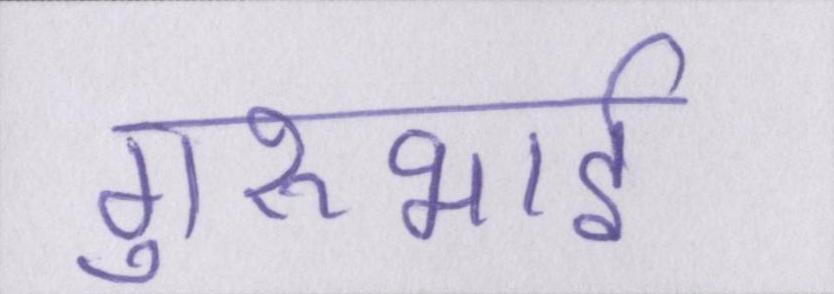
गुरुभाई